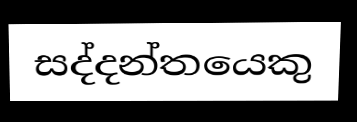
සද්දන්තයෙකු